Investigations on Bengal jail dietaries - Number 37
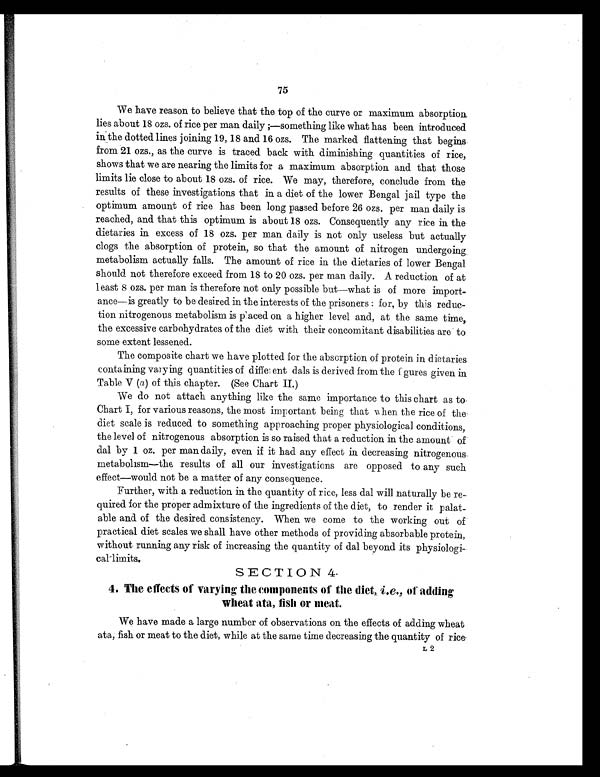
75
We have reason to believe that the top of the curve or maximum absorption.
lies about 18 ozs. of rice per man daily ;—something like what has been introduced
in the dotted lines joining 19, 18 and 16 ozs. The marked flattening that begins
from 21 ozs., as the curve is traced back with diminishing quantities of rice,
shows that we are nearing the limits for a maximum absorption and that those
limits lie close to about 18 ozs. of rice. We may, therefore, conclude from the
results of these investigations that in a diet of the lower Bengal jail type the
optimum amount of rice has been long passed before 26 ozs. per man daily is
reached, and that this optimum is about 18 ozs. Consequently any rice in the
dietaries in excess of 18 ozs. per man daily is not only useless but actually
clogs the absorption of protein, so that the amount of nitrogen undergoing
metabolism actually falls. The amount of rice in the dietaries of lower Bengal
should not therefore exceed from 18 to 20 ozs. per man daily. A reduction of at
least 8 ozs. per man is therefore not only possible but—what is of more import-
ance—is greatly to be desired in the interests of the prisoners : for, by this reduc-
tion nitrogenous metabolism is paced on a higher level and, at the same time,
the excessive carbohydrates of the diet with their concomitant disabilities are to
some extent lessened.
The composite chart we have plotted for the absorption of protein in dietaries
containing varying quantities of different dals is derived from the fgures given in
Table V (a ) of this chapter. (See Chart II.)
We do not attach anything like the same importance to this chart as to
Chart I, for various reasons, the most important being that when the rice of the
diet scale is reduced to something approaching proper physiological conditions,
the level of nitrogenous absorption is so raised that a reduction in the amount of
dal by 1 oz. per man daily, even if it had any effect in decreasing nitrogenous
metabolism—the results of all our investigations are opposed to any such
effect—would not be a matter of any consequence.
Further, with a reduction in the quantity of rice, less dal will naturally be re-
quired for the proper admixture of the ingredients of the diet, to render it palat-
able and of the desired consistency. When we come to the working out of
practical diet scales we shall have other methods of providing absorbable protein,
without running any risk of increasing the quantity of dal beyond its physiologi-
cal-limits.
SECTION 4.
4. The effects of varying the components of the diet, i.e., of adding
wheat ata, fish or meat.
We have made a large number of observations on the effects of adding wheat
ata, fish or meat to the diet, while at the same time decreasing the quantity of rice
L 2